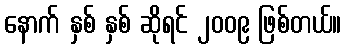
နောက် နှစ် နှစ် ဆိုရင် ၂၀၀၉ ဖြစ်တယ်။